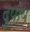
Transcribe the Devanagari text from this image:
दुपॉय